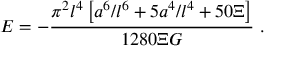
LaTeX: { \cal E } = - { \frac { { \pi } ^ { 2 } l ^ { 4 } \left[ a ^ { 6 } / l ^ { 6 } + 5 a ^ { 4 } / l ^ { 4 } + 5 0 \Xi \right] } { 1 2 8 0 \Xi G } } \ .